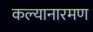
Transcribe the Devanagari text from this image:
कल्यानारमण